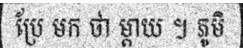
ប្រែ មក ថា ម្តាយ ។ ភូមិ